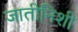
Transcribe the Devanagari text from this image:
जातीनिशी